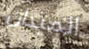
الميدان